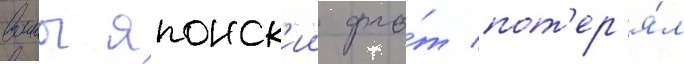
воины японск'ии фло́т пот'ер'я́л